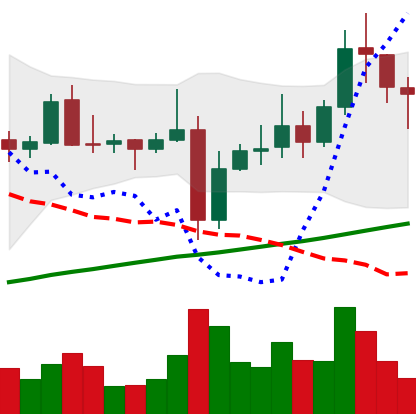
Ticker: XRP-USD
Chart end date: 2021-11-06
Forward return: 5.719%
Label: up_5_7